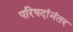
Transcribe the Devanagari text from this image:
परिषदांनंतर